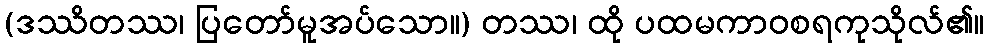
(ဒဿိတဿ၊ ပြတော်မူအပ်သော။) တဿ၊ ထို ပထမကာဝစရကုသိုလ်၏။